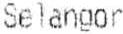
SELANGOR